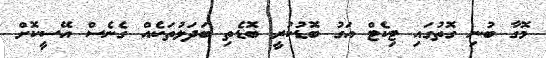
މޮގާ ބުނި ގޮތުގައި ޓިކެޓް އަގު ބޮޑުކުރީ ބޮޑެތި ބަދަލުތަކެއް ގެނެސް އޭސީކޮށް